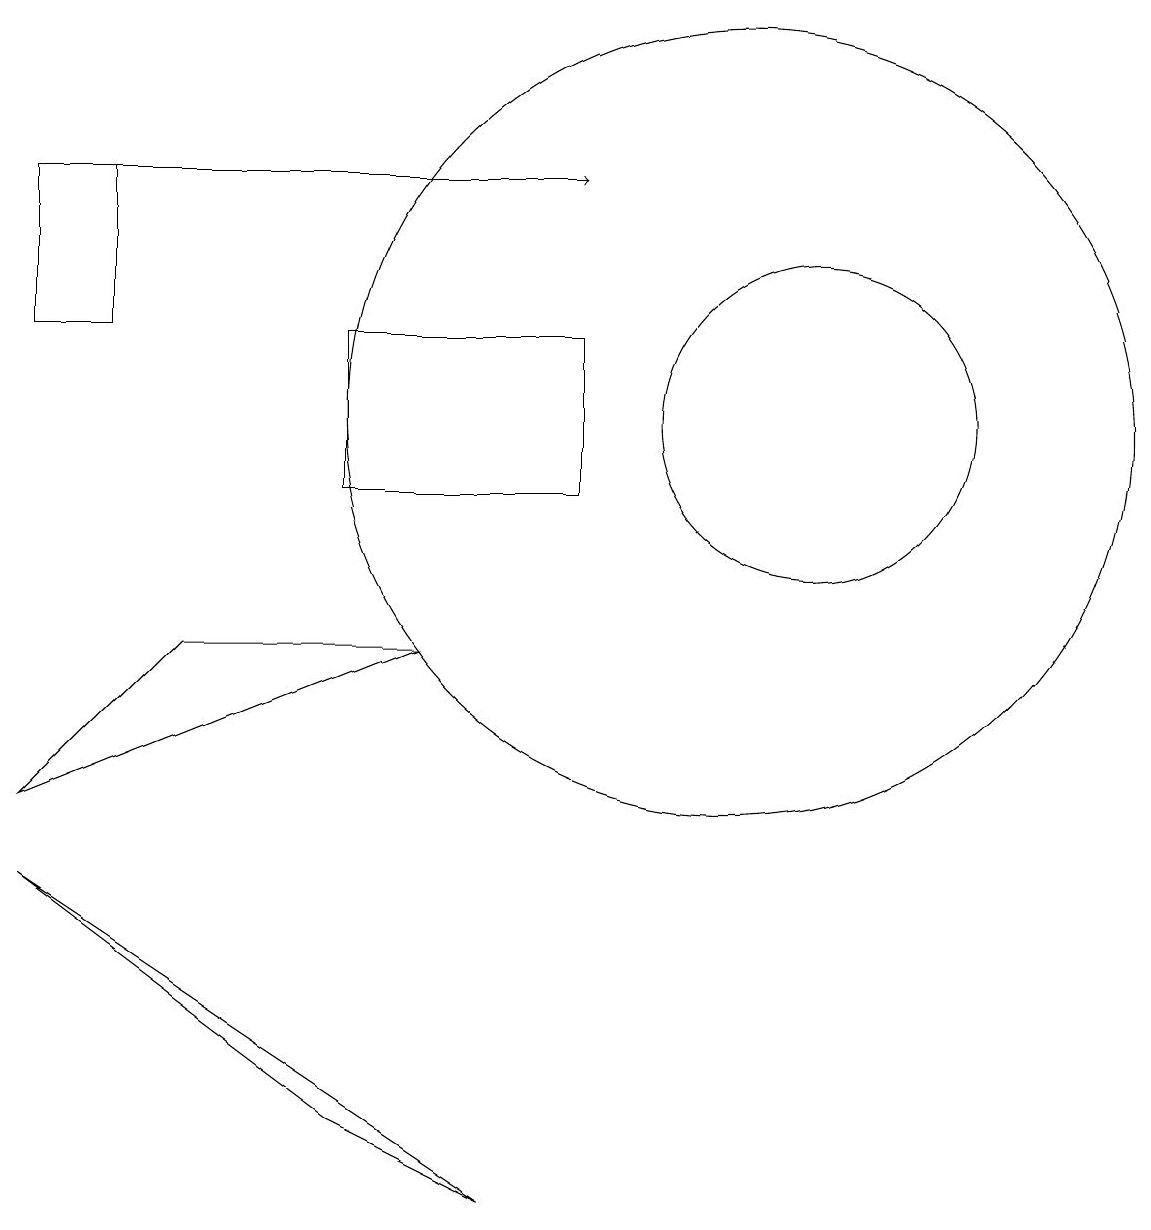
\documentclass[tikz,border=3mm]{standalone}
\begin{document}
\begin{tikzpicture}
\draw (10,11) circle (5);
\draw (5,10) rectangle (8,12);
\draw (7,1) -- (1,5) -- (5,2) -- cycle;
\draw (3,8) -- (1,6) -- (6,8) -- cycle;
\draw[->] (1,14) -- (8,14);
\draw (2,14) rectangle (1,12);
\draw (11,11) circle (2);
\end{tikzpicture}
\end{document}